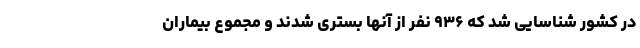
در کشور شناسایی شد که ۹۳۶ نفر از آنها بستری شدند و مجموع بیماران